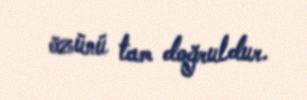
özünü tam doğruldur.